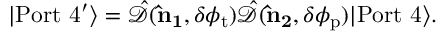
\begin{array} { r } { | \mathrm { P o r t \ 4 ^ { \prime } } \rangle = \hat { \mathcal { D } } ( { \bf \hat { n } _ { 1 } } , \delta \phi _ { \mathrm { t } } ) \hat { \mathcal { D } } ( { \bf \hat { n } _ { 2 } } , \delta \phi _ { \mathrm { p } } ) | \mathrm { P o r t \ 4 } \rangle . } \end{array}